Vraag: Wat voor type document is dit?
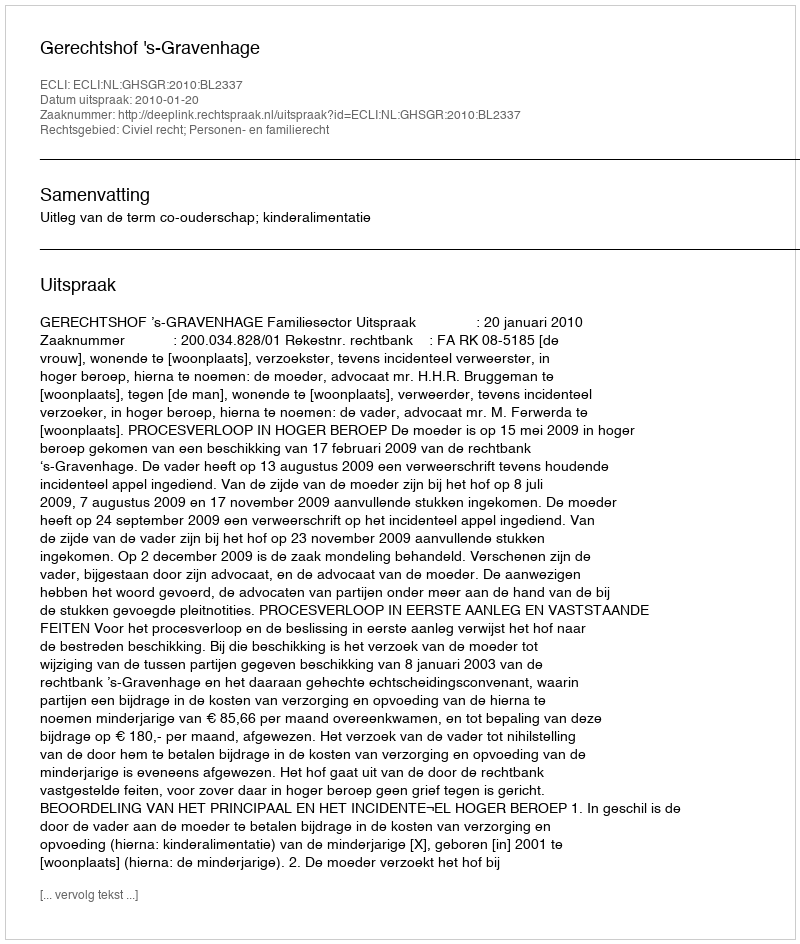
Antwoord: Uitspraak